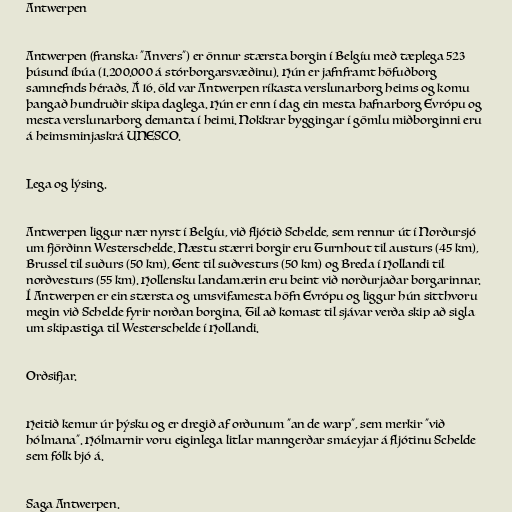
Antwerpen

Antwerpen (franska: "Anvers") er önnur stærsta borgin í Belgíu með tæplega 523
þúsund íbúa (1.200.000 á stórborgarsvæðinu). Hún er jafnframt höfuðborg
samnefnds héraðs. Á 16. öld var Antwerpen ríkasta verslunarborg heims og komu
þangað hundruðir skipa daglega. Hún er enn í dag ein mesta hafnarborg Evrópu og
mesta verslunarborg demanta í heimi. Nokkrar byggingar í gömlu miðborginni eru
á heimsminjaskrá UNESCO.

Lega og lýsing.

Antwerpen liggur nær nyrst í Belgíu, við fljótið Schelde, sem rennur út í Norðursjó
um fjörðinn Westerschelde. Næstu stærri borgir eru Turnhout til austurs (45 km),
Brussel til suðurs (50 km), Gent til suðvesturs (50 km) og Breda í Hollandi til
norðvesturs (55 km). Hollensku landamærin eru beint við norðurjaðar borgarinnar.
Í Antwerpen er ein stærsta og umsvifamesta höfn Evrópu og liggur hún sitthvoru
megin við Schelde fyrir norðan borgina. Til að komast til sjávar verða skip að sigla
um skipastiga til Westerschelde í Hollandi.

Orðsifjar.

Heitið kemur úr þýsku og er dregið af orðunum "an de warp", sem merkir "við
hólmana". Hólmarnir voru eiginlega litlar manngerðar smáeyjar á fljótinu Schelde
sem fólk bjó á.

Saga Antwerpen.